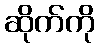
ဆိုက်ကို